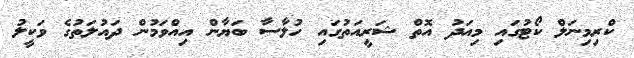
ކްރިމިނަލް ކޯޓުގައި މިއަދު އޮތް ޝަރީއަތުގައި ހުލާސާ ބަޔާން އިއްވަމުން ދައުލަތުގެ ވަކީލު